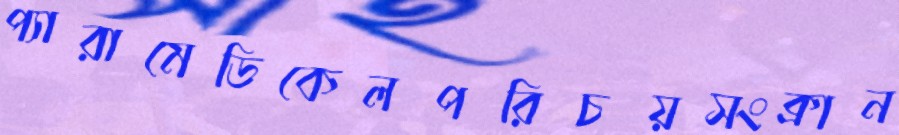
প্যারামেডিকেলপরিচয়সংক্রান